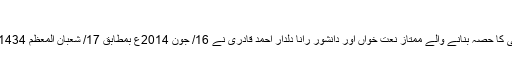
”آسمان نعت خوانی کا ایک درخشندہ ستارہ*
نعت خوانی کے مقدس ذوق کو سات عشرؤں سے اپنی زندگی کا حصہ بنانے والے ممتاز نعت خواں اور دانشور رانا دلدار احمد قادری نے 16/ جون 2014ع بمطابق 17/ شعبان المعظم 1434 ہجری بروز سوموار کوچ کے لیے اپنا رخت سفر باندھ لیا ۔